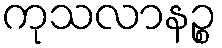
ကုသလာနဉ္စ